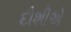
દોશીએ